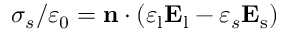
\sigma _ { s } / \varepsilon _ { 0 } = \mathbf { n } \cdot ( \varepsilon _ { \mathrm { l } } \mathbf { E } _ { \mathrm { l } } - \varepsilon _ { s } \mathbf { E } _ { \mathrm { s } } )